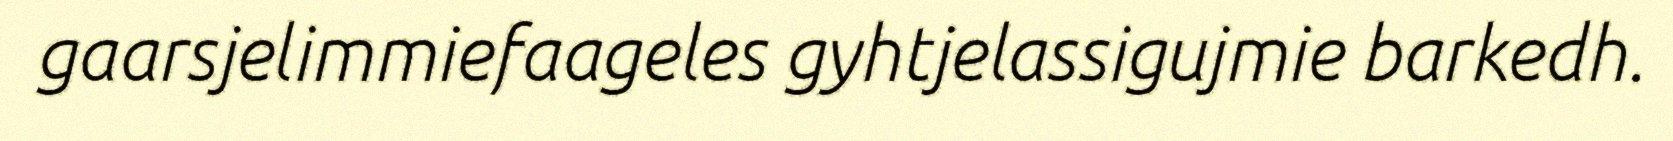
gaarsjelimmiefaageles gyhtjelassigujmie barkedh.